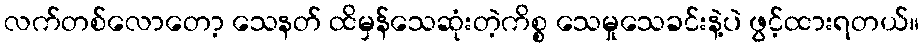
လက်တစ်လောတော့ သေနတ် ထိမှန်သေဆုံးတဲ့ကိစ္စ သေမှုသေခင်းနဲ့ပဲ ဖွင့်ထားရတယ်။